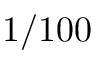
1 / 1 0 0